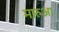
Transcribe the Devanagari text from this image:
मारुआ